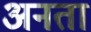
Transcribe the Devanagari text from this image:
अनता